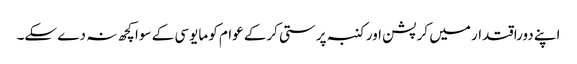
اپنے دوراقتدار میں کرپشن اور کنبہ پرستی کرکے عوام کو مایوسی کے سوا کچھ نہ دے سکے۔